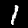
Label: 1